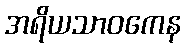
အရိယသာဝကေန